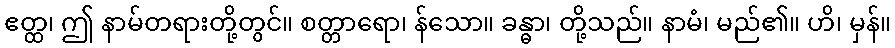
ဧတ္ထ၊ ဤ နာမ်တရားတို့တွင်။ စတ္တာရော၊ န်သော။ ခန္ဓာ၊ တို့သည်။ နာမံ၊ မည်၏။ ဟိ၊ မှန်။